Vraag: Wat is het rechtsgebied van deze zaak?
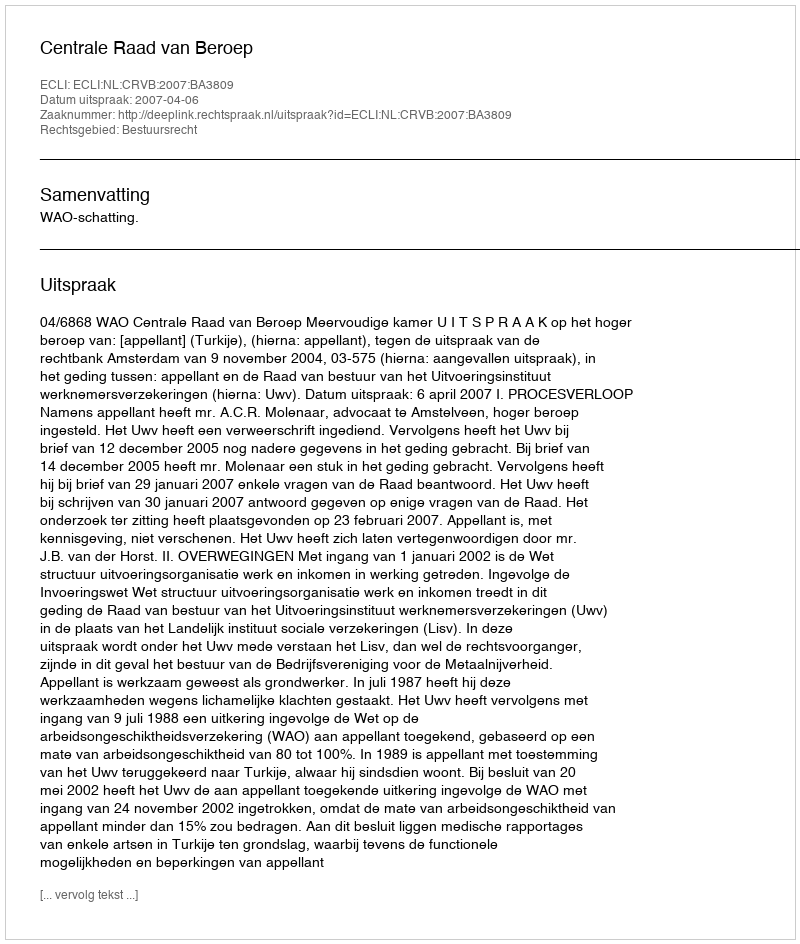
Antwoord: Bestuursrecht